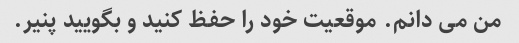
من می دانم. موقعیت خود را حفظ کنید و بگویید پنیر.